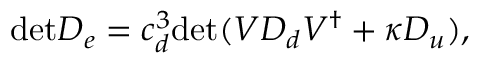
\mathrm { d e t } D _ { e } = c _ { d } ^ { 3 } \mathrm { d e t } ( V D _ { d } V ^ { \dagger } + { \kappa } D _ { u } ) ,